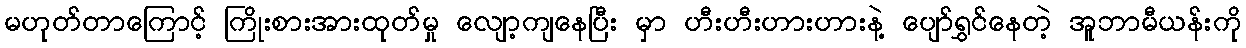
မဟုတ်တာကြောင့် ကြိုးစားအားထုတ်မှု လျော့ကျနေပြီး မှာ ဟီးဟီးဟားဟားနဲ့ ပျော်ရွှင်နေတဲ့ အူဘာမီယန်းကို